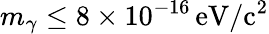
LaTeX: m_{\gamma}\leq 8\times 10^{-16}\, \mathrm{eV/c^{2}}